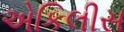
એકિલીસ